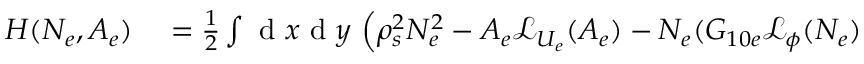
\begin{array} { r l } { H ( N _ { e } , A _ { e } ) } & { { } = \frac { 1 } { 2 } \int \mathrm { ~ d ~ } x \mathrm { ~ d ~ } y \, \left( \rho _ { s } ^ { 2 } N _ { e } ^ { 2 } - A _ { e } \mathcal { L } _ { U _ { e } } ( A _ { e } ) - N _ { e } ( G _ { 1 0 e } \mathcal { L } _ { \phi } ( N _ { e } ) \right. } \end{array}